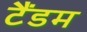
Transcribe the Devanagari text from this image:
टैंडम